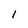
Character: 1